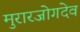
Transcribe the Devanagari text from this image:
मुरारजोगदेव